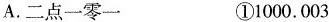
A.二点一零一 ①1000.003